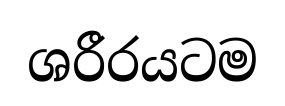
ශරීරයටම